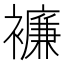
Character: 𧞋